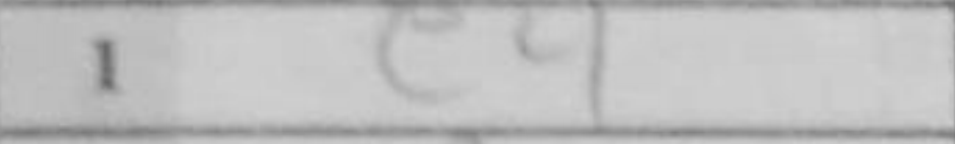
Transcription: e4